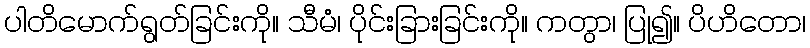
ပါတိမောက်ရွတ်ခြင်းကို။ သီမံ၊ ပိုင်းခြားခြင်းကို။ ကတွာ၊ ပြု၍။ ပိဟိတော၊